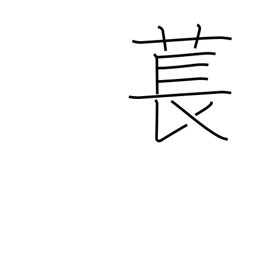
Meaning: type of plant